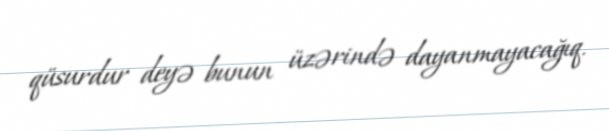
qüsurdur deyə bunun üzərində dayanmayacağıq.